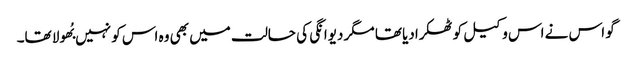
گو اس نے اس وکیل کو ٹھکرادیا تھا مگر دیوانگی کی حالت میں بھی وہ اس کو نہیں بُھولا تھا۔